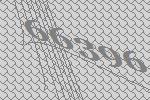
66396